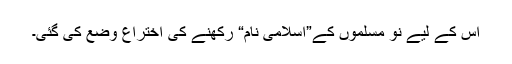
اس کے لیے نو مسلموں کے”اسلامی نام“ رکھنے کی اختراع وضع کی گئی۔